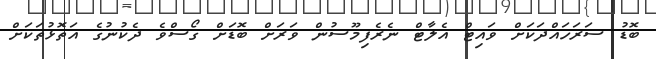
ބޮޑު ސަރަހައްދަކަށް ވައިޓް އެލާޓް ނެރެފިމޫސުން ވަރަށް ބޮޑަށް ގޯސްވެ ދެކުނުގެ އަތޮޅުތަކަށް